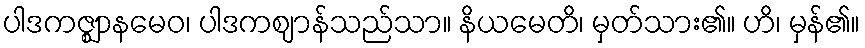
ပါဒကဇ္ဈာနမေဝ၊ ပါဒကဈာန်သည်သာ။ နိယမေတိ၊ မှတ်သား၏။ ဟိ၊ မှန်၏။